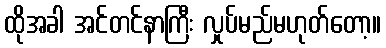
ထိုအခါ အင်တင်နာကြီး လှုပ်မည်မဟုတ်တော့။